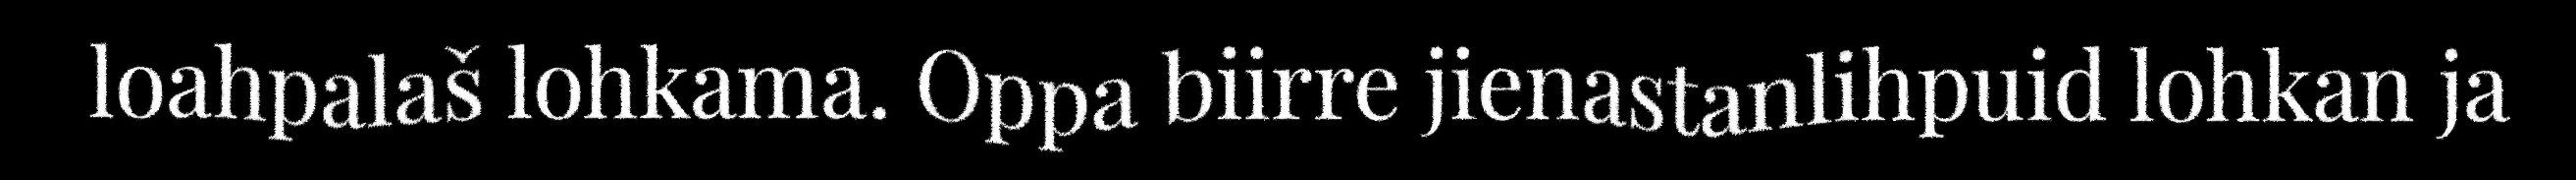
loahpalaš lohkama. Oppa biirre jienastanlihpuid lohkan ja